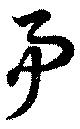
事